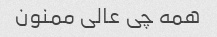
همه چی عالی ممنون